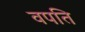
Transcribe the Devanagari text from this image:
वपति